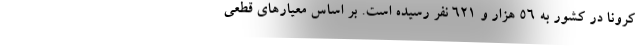
کرونا در کشور به ۵۶ هزار و ۶۲۱ نفر رسیده است. بر اساس معیارهای قطعی